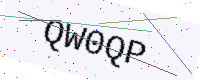
Text: QW0QP